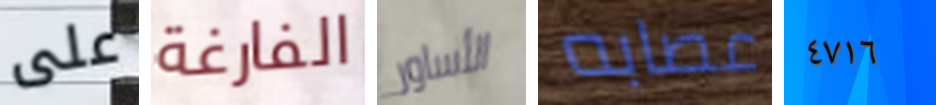
على الفارغة الأساور عصابه ٤٧١٦